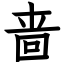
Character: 啬